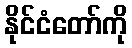
နိုင်ငံတော်ကို